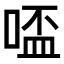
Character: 𠸟